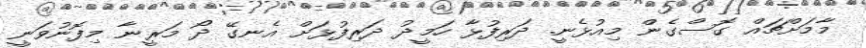
މާމަށްޗައް ގޮސްގެން މިއުޅެނީ. ދަރިފުޅާ ހަމީދު ދަރިފުޅަށް އެނގޭ ދޯ މަރީނާ މިފޮނުވަނީ